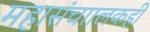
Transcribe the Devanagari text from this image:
महासंचाालकही